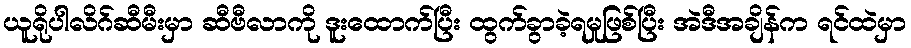
ယူရိုပါလိဂ်ဆီမီးမှာ ဆီဗီလာကို ဒူးထောက်ပြီး ထွက်ခွာခဲ့ရမှုဖြစ်ပြီး အဲဒီအချိန်က ရင်ထဲမှာ